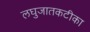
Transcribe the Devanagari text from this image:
लघुजातकटीका